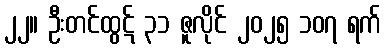
၂၂။ ဦးတင်ထွဋ် ၃၁ ဇူလိုင် ၂၀၂၅ ၁၀၇ ရက်